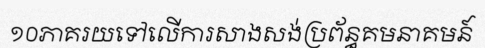
១០ភាគរយទៅលើការសាងសង់ប្រព័ន្ធគមនាគមន៍